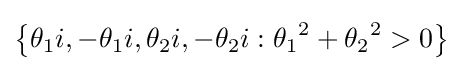
\left\{\theta _{1}i,-\theta _{1}i,\theta _{2}i,-\theta _{2}i:{\theta _{1}}^{2}+{\theta _{2}}^{2}>0\right\}